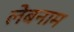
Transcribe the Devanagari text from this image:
लेबनाम